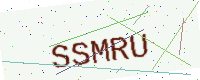
Text: SSMRU